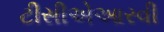
ટીસીએઆરવી